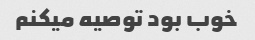
خوب بود توصیه میکنم